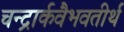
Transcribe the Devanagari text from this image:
चन्द्रार्कवैभवतीर्थ